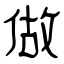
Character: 做